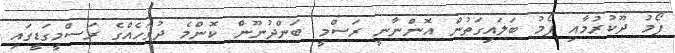
ފޯމު ދޫކުރުމާއި ފޯމު ބަލައިގަތުން އޮންނާނީ ރަސްމީ ބަންދުނޫން ކޮންމެ ދުވަހެއްގެ ރަސްމީގަޑީގައި